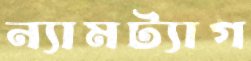
ন্যামট্যাগ